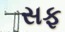
સફ